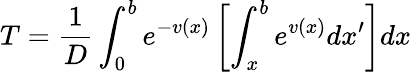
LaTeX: T=\frac{1}{D}\int_{0}^{b}e^{-v(x)}\left[\int_{x}^{b}e^{v(x)}dx^{\prime}\right]dx